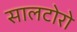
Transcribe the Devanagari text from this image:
सालटोरो